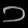
Digit: ၁